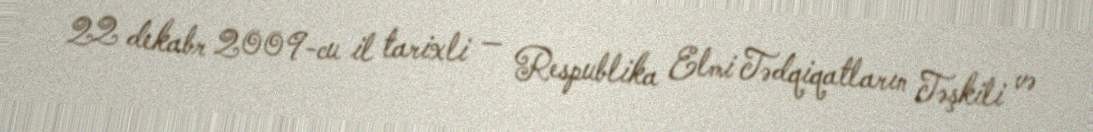
22 dekabr 2009-cu il tarixli — Respublika Elmi Tədqiqatların Təşkili və